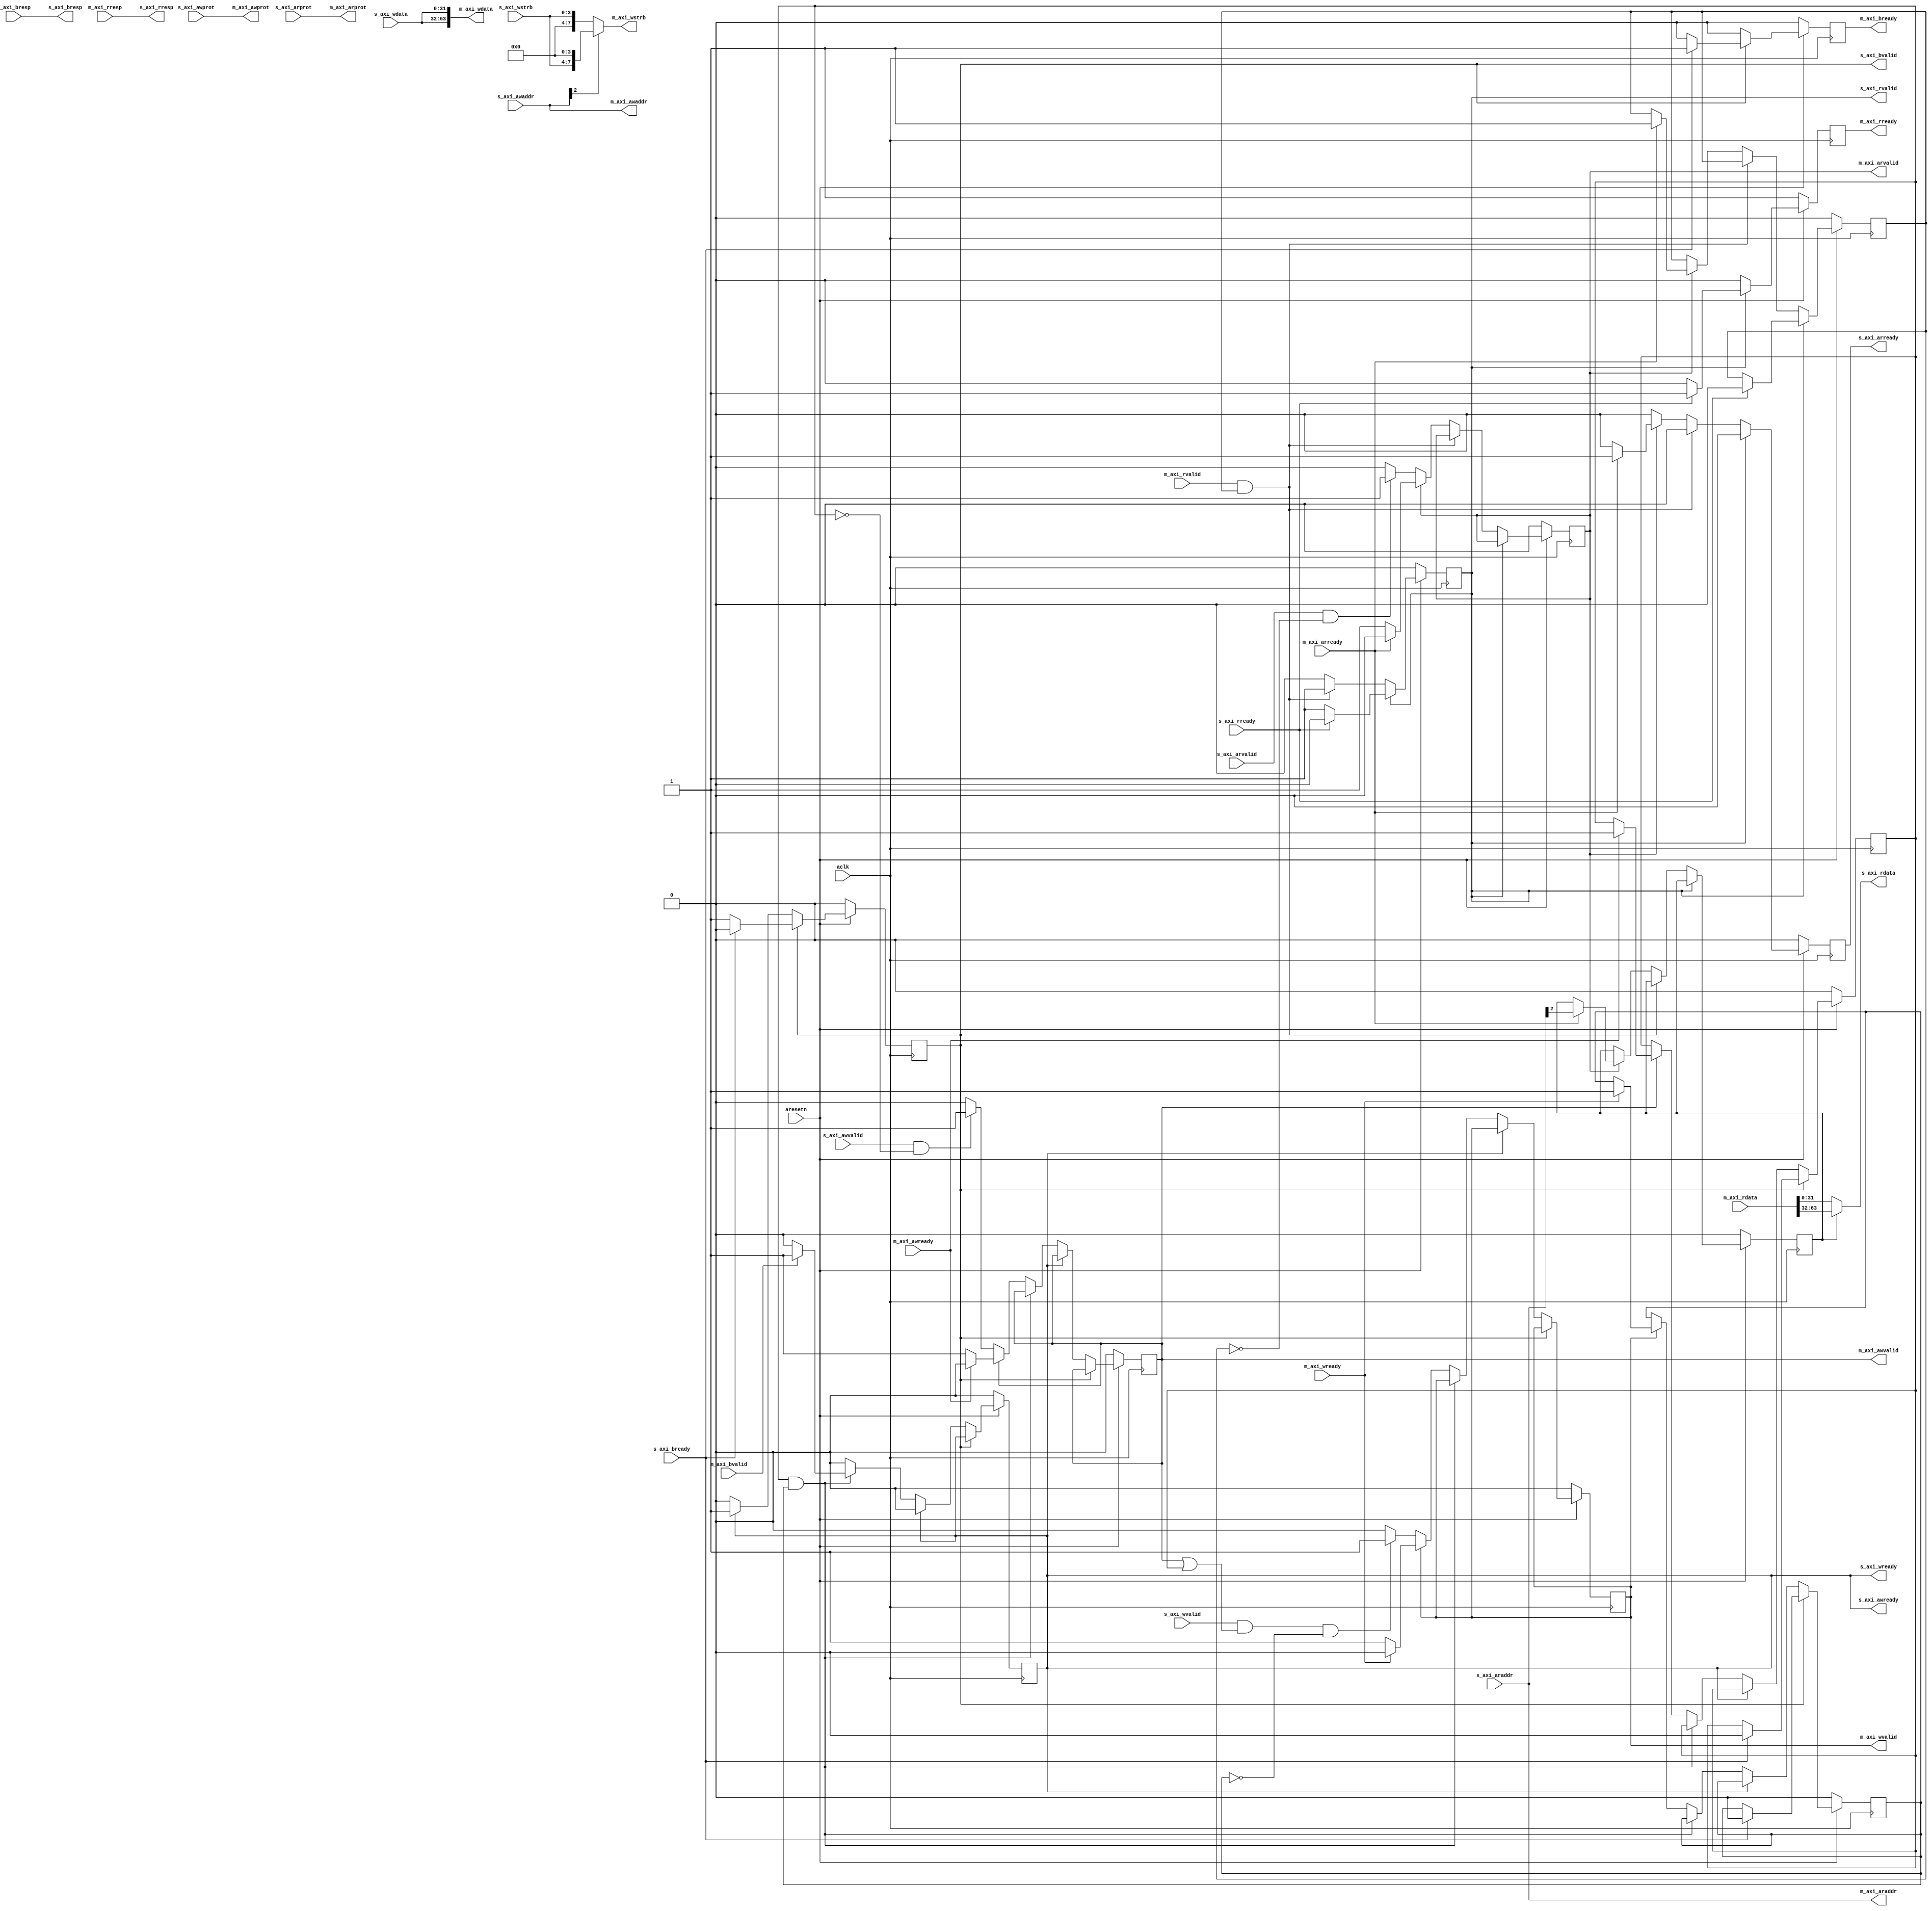
// -- (c) Copyright 2010 - 2011 Xilinx, Inc. All rights reserved.
// --
// -- This file contains confidential and proprietary information
// -- of Xilinx, Inc. and is protected under U.S. and 
// -- international copyright and other intellectual property
// -- laws.
// --
// -- DISCLAIMER
// -- This disclaimer is not a license and does not grant any
// -- rights to the materials distributed herewith. Except as
// -- otherwise provided in a valid license issued to you by
// -- Xilinx, and to the maximum extent permitted by applicable
// -- law: (1) THESE MATERIALS ARE MADE AVAILABLE "AS IS" AND
// -- WITH ALL FAULTS, AND XILINX HEREBY DISCLAIMS ALL WARRANTIES
// -- AND CONDITIONS, EXPRESS, IMPLIED, OR STATUTORY, INCLUDING
// -- BUT NOT LIMITED TO WARRANTIES OF MERCHANTABILITY, NON-
// -- INFRINGEMENT, OR FITNESS FOR ANY PARTICULAR PURPOSE; and
// -- (2) Xilinx shall not be liable (whether in contract or tort,
// -- including negligence, or under any other theory of
// -- liability) for any loss or damage of any kind or nature
// -- related to, arising under or in connection with these
// -- materials, including for any direct, or any indirect,
// -- special, incidental, or consequential loss or damage
// -- (including loss of data, profits, goodwill, or any type of
// -- loss or damage suffered as a result of any action brought
// -- by a third party) even if such damage or loss was
// -- reasonably foreseeable or Xilinx had been advised of the
// -- possibility of the same.
// --
// -- CRITICAL APPLICATIONS
// -- Xilinx products are not designed or intended to be fail-
// -- safe, or for use in any application requiring fail-safe
// -- performance, such as life-support or safety devices or
// -- systems, Class III medical devices, nuclear facilities,
// -- applications related to the deployment of airbags, or any
// -- other applications that could lead to death, personal
// -- injury, or severe property or environmental damage
// -- (individually and collectively, "Critical
// -- Applications"). Customer assumes the sole risk and
// -- liability of any use of Xilinx products in Critical
// -- Applications, subject only to applicable laws and
// -- regulations governing limitations on product liability.
// --
// -- THIS COPYRIGHT NOTICE AND DISCLAIMER MUST BE RETAINED AS
// -- PART OF THIS FILE AT ALL TIMES.
//-----------------------------------------------------------------------------
//
// Description: AXI4Lite Upizer
// Converts 32-bit AXI4Lite on Slave Interface to 64-bit AXI4Lite on Master Interface.
//
// Verilog-standard:  Verilog 2001
//--------------------------------------------------------------------------
//
// Structure:
//   axi4lite_upsizer
//
//--------------------------------------------------------------------------
`timescale 1ps/1ps

(* DowngradeIPIdentifiedWarnings="yes" *) 
module axi_dwidth_converter_v2_1_7_axi4lite_upsizer #
  (
   parameter         C_FAMILY                         = "none", 
                       // FPGA Family.
   parameter integer C_AXI_ADDR_WIDTH                 = 32, 
                       // Width of all ADDR signals on SI and MI.
                       // Range 3 - 64.
   parameter integer C_AXI_SUPPORTS_WRITE             = 1,
   parameter integer C_AXI_SUPPORTS_READ              = 1
   )
  (
   // Global Signals
   input  wire                              aresetn,
   input  wire                              aclk,

   // Slave Interface Write Address Ports
   input  wire [C_AXI_ADDR_WIDTH-1:0]       s_axi_awaddr,
   input  wire [3-1:0]                      s_axi_awprot,
   input  wire                              s_axi_awvalid,
   output wire                              s_axi_awready,
   // Slave Interface Write Data Ports
   input  wire [32-1:0]                     s_axi_wdata,
   input  wire [32/8-1:0]                   s_axi_wstrb,
   input  wire                              s_axi_wvalid,
   output wire                              s_axi_wready,
   // Slave Interface Write Response Ports
   output wire [2-1:0]                      s_axi_bresp,
   output wire                              s_axi_bvalid,
   input  wire                              s_axi_bready,
   // Slave Interface Read Address Ports
   input  wire [C_AXI_ADDR_WIDTH-1:0]       s_axi_araddr,
   input  wire [3-1:0]                      s_axi_arprot,
   input  wire                              s_axi_arvalid,
   output wire                              s_axi_arready,
   // Slave Interface Read Data Ports
   output wire [32-1:0]                     s_axi_rdata,
   output wire [2-1:0]                      s_axi_rresp,
   output wire                              s_axi_rvalid,
   input  wire                              s_axi_rready,

   // Master Interface Write Address Port
   output wire [C_AXI_ADDR_WIDTH-1:0]       m_axi_awaddr,
   output wire [3-1:0]                      m_axi_awprot,
   output wire                              m_axi_awvalid,
   input  wire                              m_axi_awready,
   // Master Interface Write Data Ports
   output wire [64-1:0]                     m_axi_wdata,
   output wire [64/8-1:0]                   m_axi_wstrb,
   output wire                              m_axi_wvalid,
   input  wire                              m_axi_wready,
   // Master Interface Write Response Ports
   input  wire [2-1:0]                      m_axi_bresp,
   input  wire                              m_axi_bvalid,
   output wire                              m_axi_bready,
   // Master Interface Read Address Port
   output wire [C_AXI_ADDR_WIDTH-1:0]       m_axi_araddr,
   output wire [3-1:0]                      m_axi_arprot,
   output wire                              m_axi_arvalid,
   input  wire                              m_axi_arready,
   // Master Interface Read Data Ports
   input  wire [64-1:0]                     m_axi_rdata,
   input  wire [2-1:0]                      m_axi_rresp,
   input  wire                              m_axi_rvalid,
   output wire                              m_axi_rready
   );

  reg                                       s_axi_arready_i ;
  reg                                       m_axi_arvalid_i ;
  reg                                       m_axi_rready_i ;
  reg                                       s_axi_rvalid_i ;
  reg                                       ar_done         ;
  reg                                       araddr2         ;
  reg                                       s_axi_awready_i ;
  reg                                       s_axi_bvalid_i  ;
  reg                                       m_axi_awvalid_i ;
  reg                                       m_axi_wvalid_i  ;
  reg                                       m_axi_bready_i  ;
  reg                                       aw_done         ;
  reg                                       w_done          ;
  
  generate
  if (C_AXI_SUPPORTS_READ != 0) begin : gen_read
    always @(posedge aclk) begin
      if (~aresetn) begin
        s_axi_arready_i <= 1'b0 ;
        m_axi_arvalid_i <= 1'b0 ;
        s_axi_rvalid_i <= 1'b0;
        m_axi_rready_i <= 1'b1;
        ar_done         <= 1'b0 ;
        araddr2         <= 1'b0 ;
      end else begin
        s_axi_arready_i <= 1'b0 ; // end single-cycle pulse
        m_axi_rready_i <= 1'b0; // end single-cycle pulse
        if (s_axi_rvalid_i) begin
          if (s_axi_rready) begin
            s_axi_rvalid_i <= 1'b0;
            m_axi_rready_i <= 1'b1; // begin single-cycle pulse
            ar_done <= 1'b0;
          end
        end else if (m_axi_rvalid & ar_done) begin
          s_axi_rvalid_i <= 1'b1;
        end else if (m_axi_arvalid_i) begin
          if (m_axi_arready) begin
            m_axi_arvalid_i <= 1'b0;
            s_axi_arready_i <= 1'b1 ; // begin single-cycle pulse
            araddr2 <= s_axi_araddr[2];
            ar_done <= 1'b1;
          end
        end else if (s_axi_arvalid & ~ar_done) begin
          m_axi_arvalid_i <= 1'b1;
        end
      end
    end
    assign m_axi_arvalid = m_axi_arvalid_i ;
    assign s_axi_arready = s_axi_arready_i ;
    assign m_axi_araddr = s_axi_araddr;
    assign m_axi_arprot   = s_axi_arprot;
    assign s_axi_rvalid  = s_axi_rvalid_i  ;
    assign m_axi_rready  = m_axi_rready_i  ;
    assign s_axi_rdata    = araddr2 ? m_axi_rdata[63:32] : m_axi_rdata[31:0];
    assign s_axi_rresp    = m_axi_rresp;
  end else begin : gen_noread
    assign m_axi_arvalid = 1'b0 ;
    assign s_axi_arready = 1'b0 ;
    assign m_axi_araddr  = {C_AXI_ADDR_WIDTH{1'b0}} ;
    assign m_axi_arprot  = 3'b0 ;
    assign s_axi_rvalid  = 1'b0 ;
    assign m_axi_rready  = 1'b0 ;
    assign s_axi_rresp   = 2'b0 ;
    assign s_axi_rdata   = 32'b0 ;
  end
  
  if (C_AXI_SUPPORTS_WRITE != 0) begin : gen_write
    always @(posedge aclk) begin
      if (~aresetn) begin
        m_axi_awvalid_i <= 1'b0 ;
        s_axi_awready_i <= 1'b0 ;
        m_axi_wvalid_i  <= 1'b0 ;
        s_axi_bvalid_i  <= 1'b0 ;
        m_axi_bready_i  <= 1'b0 ;
        aw_done         <= 1'b0 ;
        w_done          <= 1'b0 ;
      end else begin
        m_axi_bready_i <= 1'b0; // end single-cycle pulse
        if (s_axi_bvalid_i) begin
          if (s_axi_bready) begin
            s_axi_bvalid_i <= 1'b0;
            m_axi_bready_i <= 1'b1; // begin single-cycle pulse
            aw_done <= 1'b0;
            w_done <= 1'b0;
          end
        end else if (s_axi_awready_i) begin
          s_axi_awready_i <= 1'b0; // end single-cycle pulse
          s_axi_bvalid_i <= 1'b1;
        end else if (aw_done & w_done) begin
          if (m_axi_bvalid) begin
            s_axi_awready_i <= 1'b1; // begin single-cycle pulse
          end
        end else begin
          if (m_axi_awvalid_i) begin
            if (m_axi_awready) begin
              m_axi_awvalid_i <= 1'b0;
              aw_done <= 1'b1;
            end
          end else if (s_axi_awvalid & ~aw_done) begin
            m_axi_awvalid_i <= 1'b1;
          end
          if (m_axi_wvalid_i) begin
            if (m_axi_wready) begin
              m_axi_wvalid_i <= 1'b0;
              w_done <= 1'b1;
            end
          end else if (s_axi_wvalid & (m_axi_awvalid_i | aw_done) & ~w_done) begin
            m_axi_wvalid_i <= 1'b1;
          end
        end
      end
    end
    assign m_axi_awvalid = m_axi_awvalid_i ;
    assign s_axi_awready = s_axi_awready_i ;
    assign m_axi_awaddr = s_axi_awaddr;
    assign m_axi_awprot   = s_axi_awprot;
    assign m_axi_wvalid  = m_axi_wvalid_i  ;
    assign s_axi_wready  = s_axi_awready_i ;
    assign m_axi_wdata    = {s_axi_wdata,s_axi_wdata};
    assign m_axi_wstrb    = s_axi_awaddr[2] ? {s_axi_wstrb, 4'b0} : {4'b0, s_axi_wstrb};
    assign s_axi_bvalid  = s_axi_bvalid_i  ;
    assign m_axi_bready  = m_axi_bready_i  ;
    assign s_axi_bresp    = m_axi_bresp;
  end else begin : gen_nowrite
    assign m_axi_awvalid = 1'b0 ;
    assign s_axi_awready = 1'b0 ;
    assign m_axi_awaddr  = {C_AXI_ADDR_WIDTH{1'b0}} ;
    assign m_axi_awprot  = 3'b0 ;
    assign m_axi_wvalid  = 1'b0 ;
    assign s_axi_wready  = 1'b0 ;
    assign m_axi_wdata   = 64'b0 ;
    assign m_axi_wstrb   = 8'b0 ;
    assign s_axi_bvalid  = 1'b0 ;
    assign m_axi_bready  = 1'b0 ;
    assign s_axi_bresp   = 2'b0 ;
  end

  endgenerate
endmodule